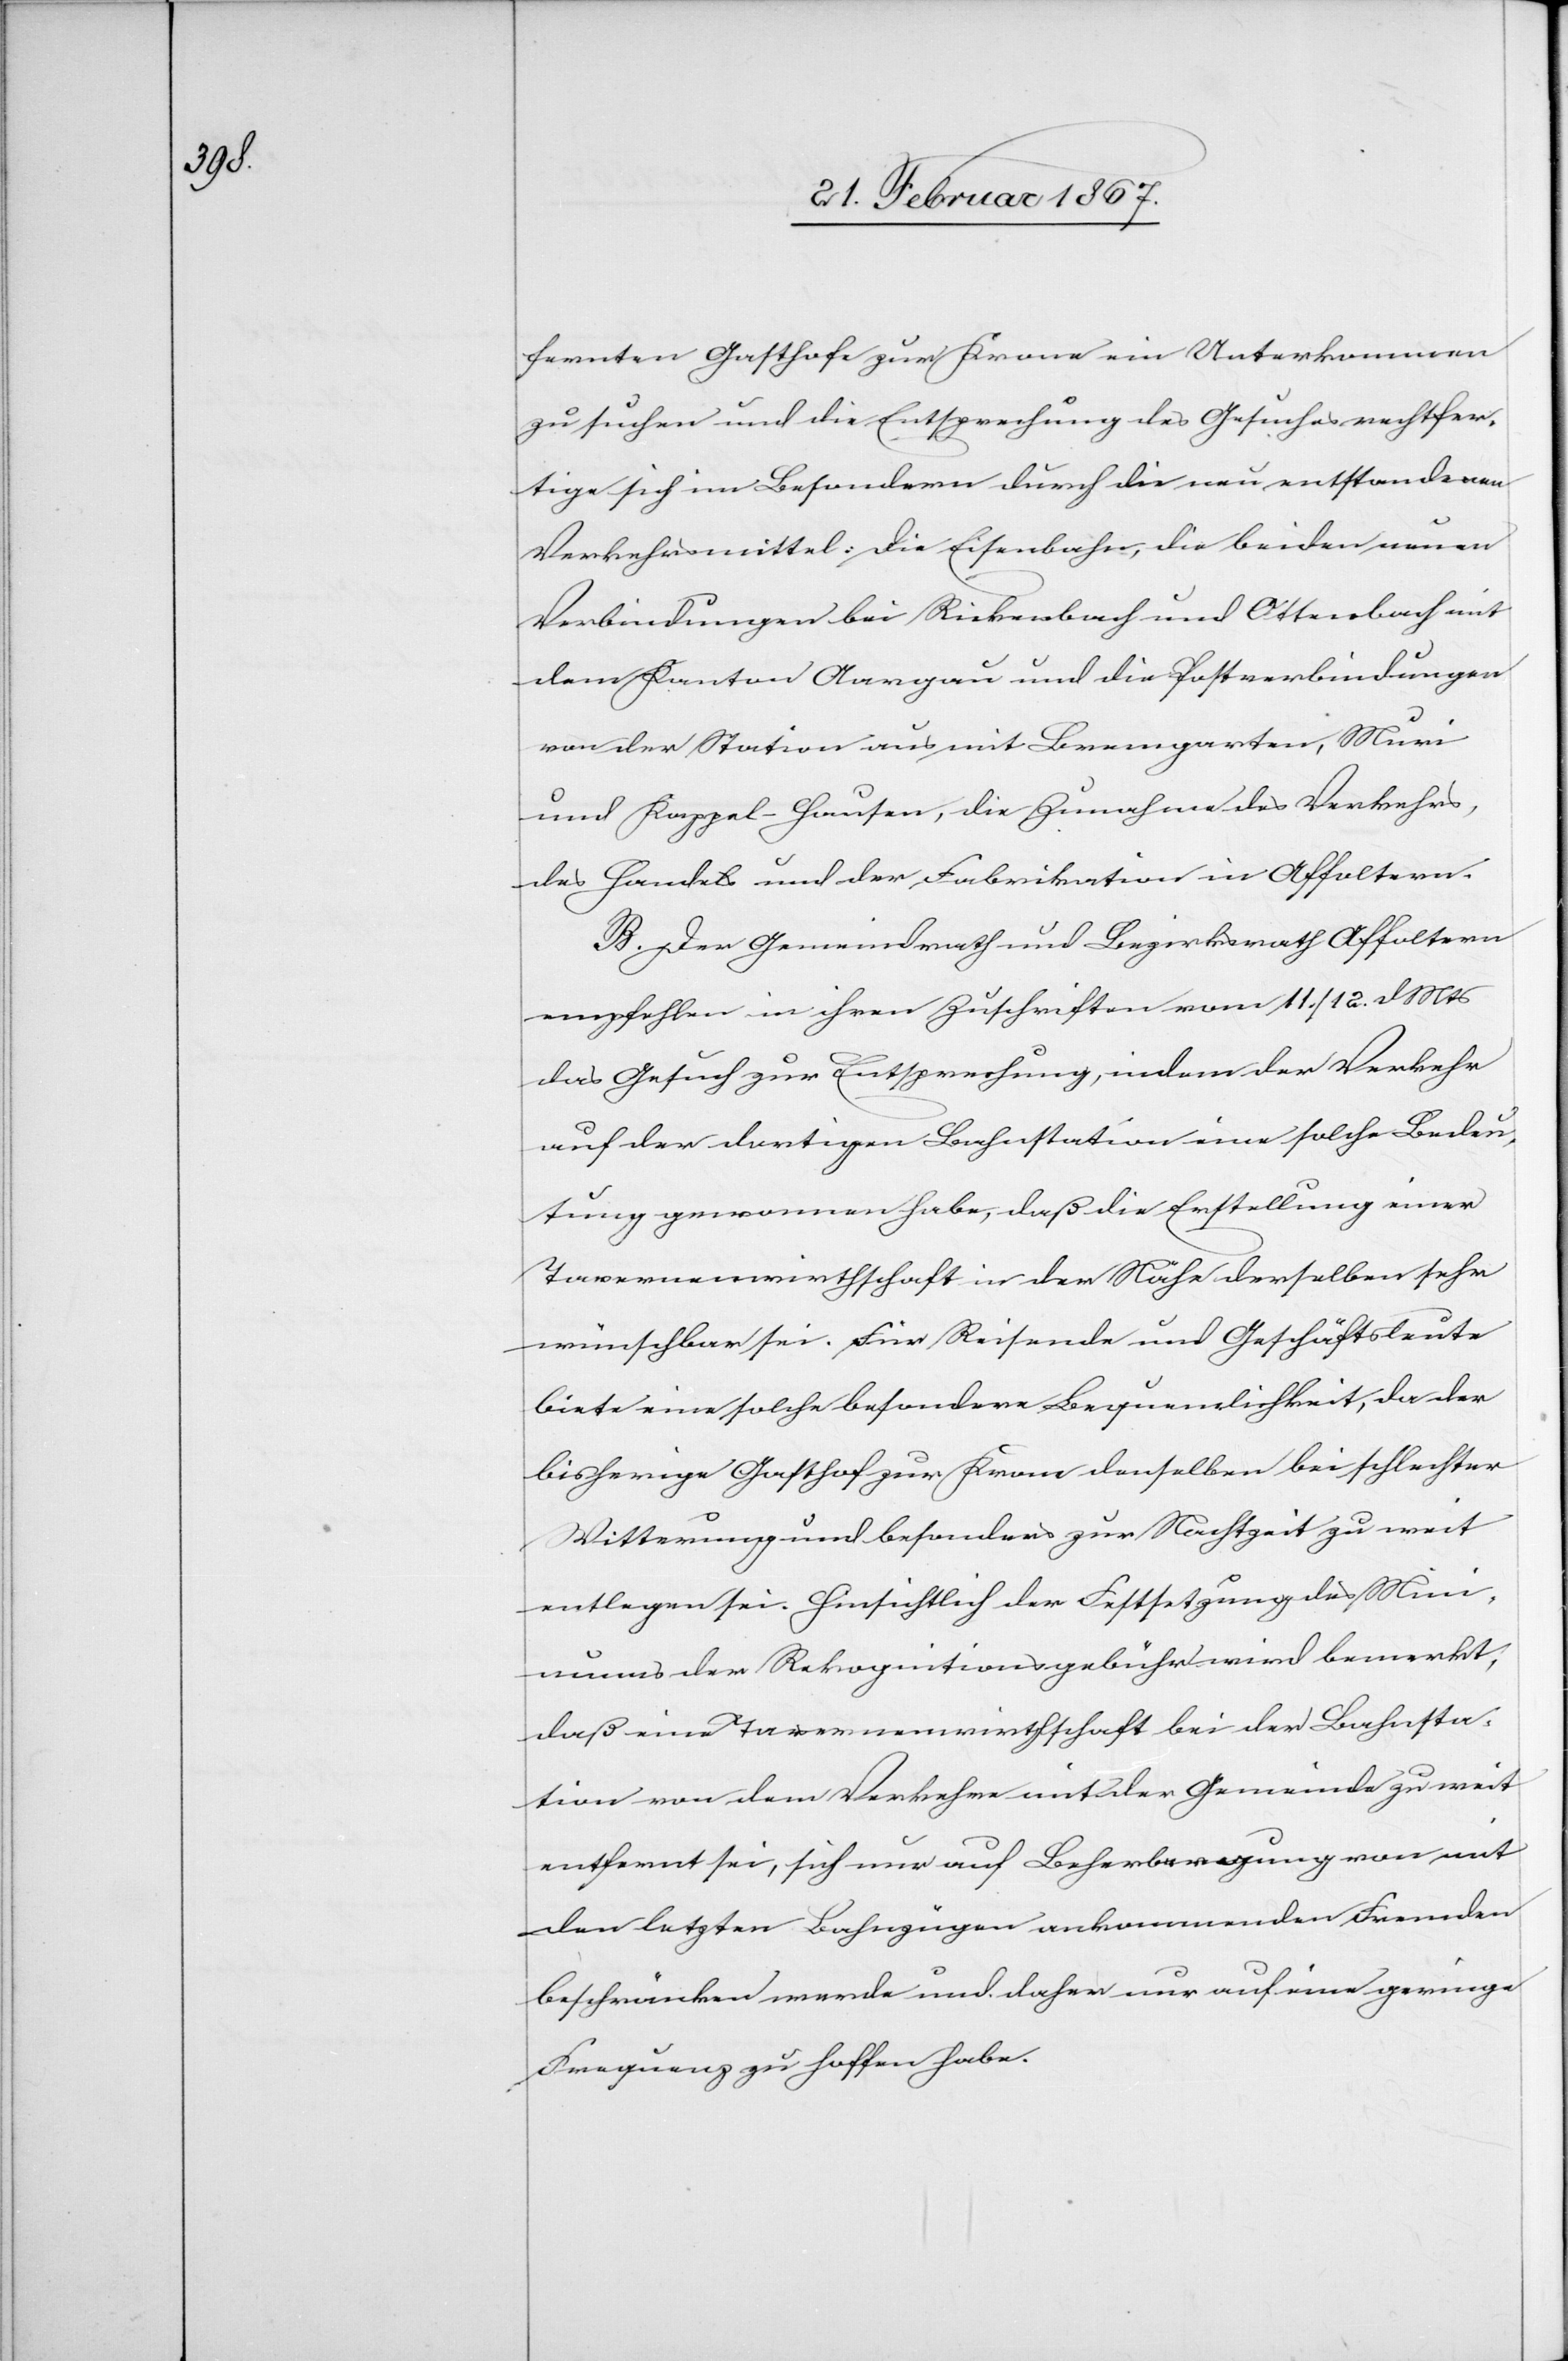
fernten Gasthofe Krone ein Unterkommen
zu suchen und die Entsprechung des Gesuches rechtfer¬
tige sich im Besondern durch die neu entstandenen
Verkehrsmittel: Die Eisenbahn, die beiden neuen
Verbindungen bei Rickenbach und Ottenbach mit
dem Kanton Aargau und die Postverbindungen
von der Station aus mit Bremgarten, Muri
und Kappel-Hausen, die Zunahme des Verkehrs,
des Handels und der Fabrikation in Affoltern.
B. Der Gemeinderath und Bezirksrath Affoltern
empfehlen in ihren Zuschriften vom 11. / 12. d Mts
das Gesuch zur Entsprechung, indem der Verkehr
auf der dortigen Bahnstation eine solche Bedeu¬
tung gewonnen habe, daß die Erstellung einer
Tavernenwirthschaft in der Nähe derselben sehr
wünschbar sei. Für Reisende und Geschäftsleute
biete eine solche besondere Bequemlichkeit, da der
bisherige Gasthof zur Krone denselben bei schlechter
Witterung und besonders zur Nachtzeit zu weit
entlegen sei. Hinsichtlich der Festsetzung des Min¬
imums der Rekognitionsgebühr wird bemerkt,
daß eine Tavernenwirthschaft bei der Bahnsta¬
tion von dem Verkehre mit der Gemeinde zu weit
entfernt sei, sich nur auf Beherbergung von mit
den letzten Bahnzügen ankommenden Fremden
beschränken werde und daher nur auf eine geringe
Frequenz zu hoffen habe.